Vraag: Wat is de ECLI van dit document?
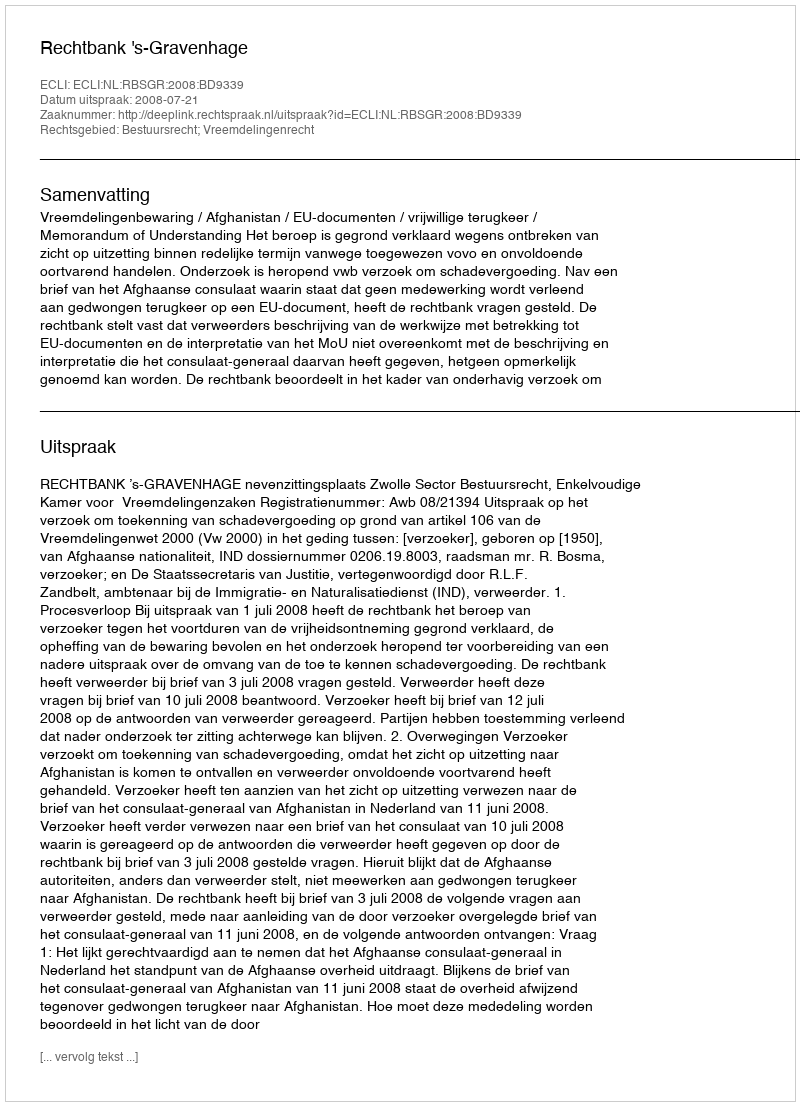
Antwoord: ECLI:NL:RBSGR:2008:BD9339